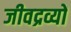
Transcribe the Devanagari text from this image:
जीवद्रव्यों